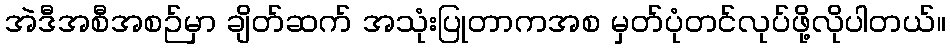
အဲဒီအစီအစဉ်မှာ ချိတ်ဆက် အသုံးပြုတာကအစ မှတ်ပုံတင်လုပ်ဖို့လိုပါတယ်။